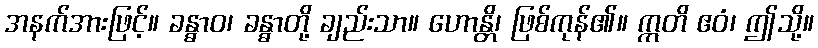
အနက်အားဖြင့်။ ခန္ဓာဝ၊ ခန္ဓာတို့ ချည်းသာ။ ဟောန္တိ၊ ဖြစ်ကုန်၏။ ဣတိ ဧဝံ၊ ဤသို့။